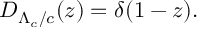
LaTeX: D _ { \Lambda _ { c } / c } ( z ) = \delta ( 1 - z ) .